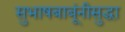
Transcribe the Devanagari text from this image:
सुभाषबाबूंनीसुद्धा